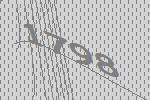
1798